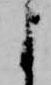
よ